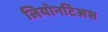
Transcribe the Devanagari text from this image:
लियोनटिअस